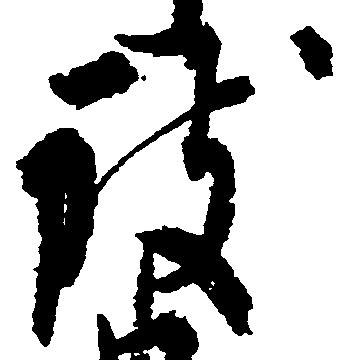
致